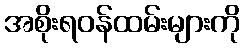
အစိုးရဝန်ထမ်းများကို